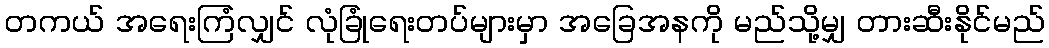
တကယ် အရေးကြံလျှင် လုံခြုံရေးတပ်များမှာ အခြေအနကို မည်သို့မျှ တားဆီးနိုင်မည်